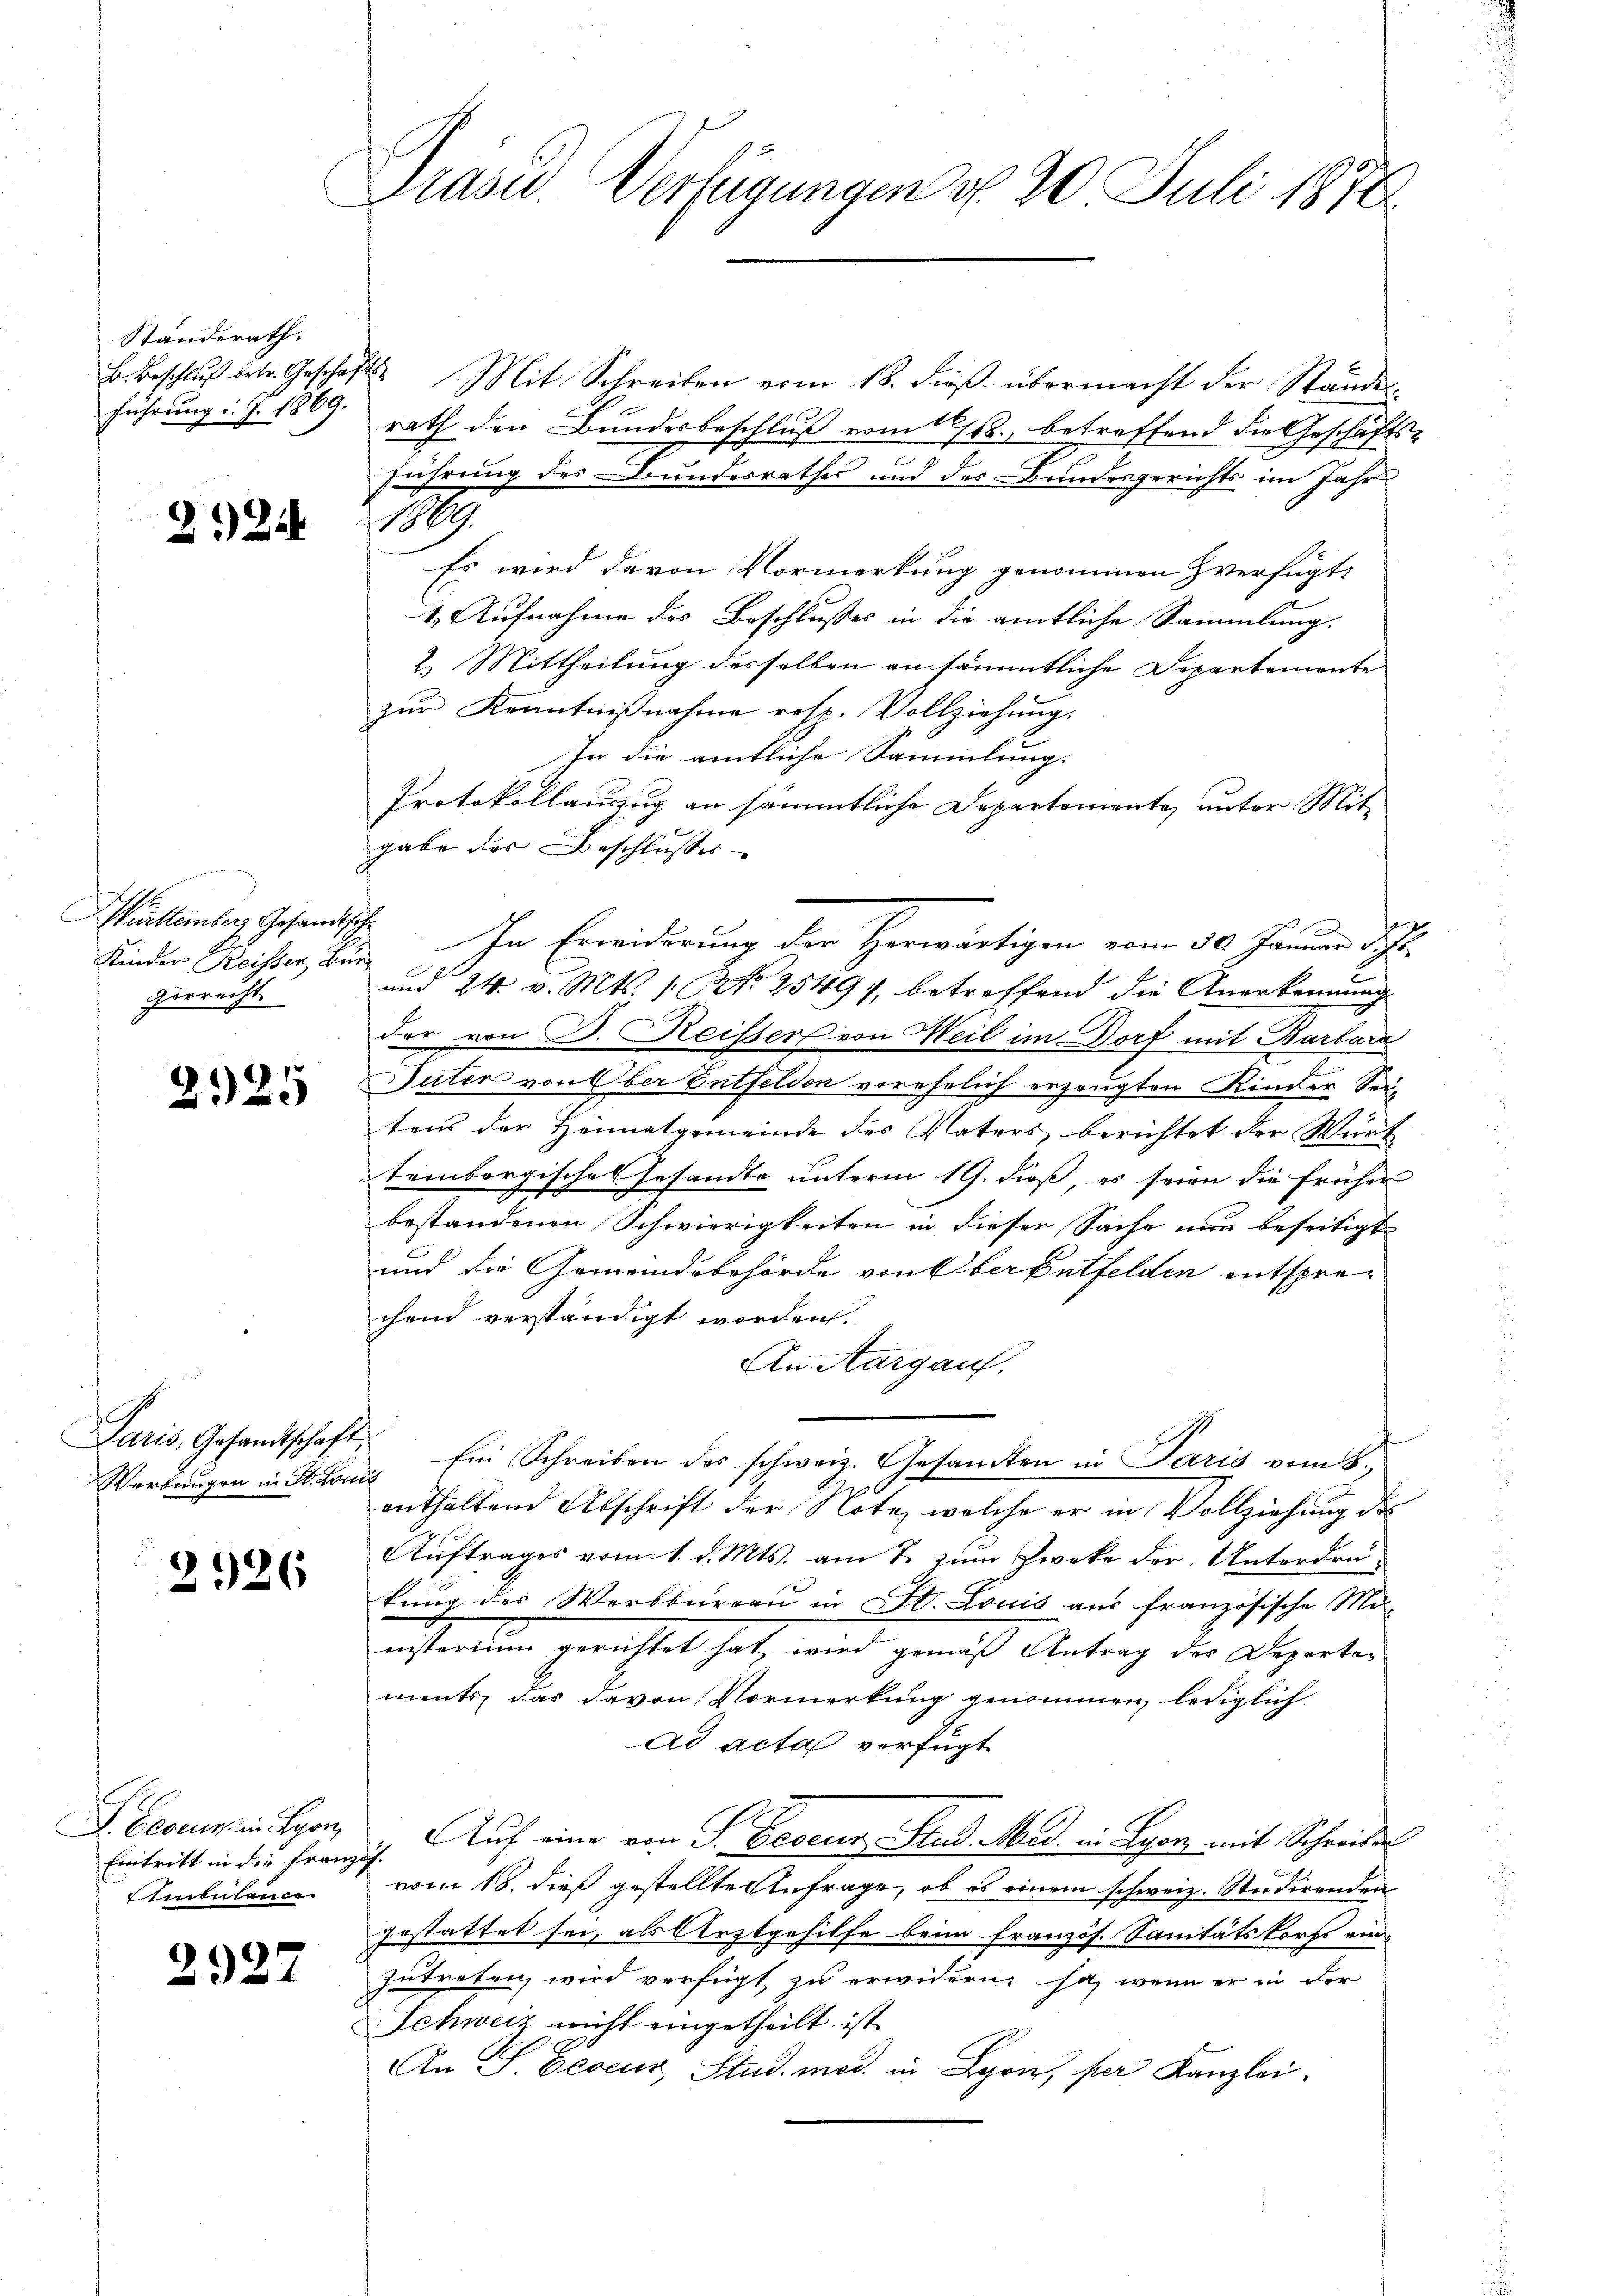
Standerath.
B. Beschluß betr. Geschäft
führung d. J. 1869.

224

n
Württemberg Gesandtsch
Kinder Reisser Bür
gerrecht.

2925

Paris, Gesandtschaft,
Werbungen in St. Lon

2926

L Econus in Lyon,
Eintritt in die Franzg
Ambülance.

2927

Präser Verfügungen d. 20 Juli 1870

Mit Schreiben vom 18. dieβ übermacht der Ständes-
rath den Bundesbeschluß vom 11. betreffend die Geschäfts-
.
führung des Bundesrathes und des Bundesgerichts im Jahr
1
Es wird davon Vormerkung genommen verfügt,
1. Aufnahme des Beschlusses in die amtliche Sammlung.
2. Mittheilung desselben an sämmtliche Departemente
zur Kenntnißnahme resp. Vollziehung.
In die amtliche Sammlung.
Protokollauszug an sämmtliche Departemente unter Mit-
gabe der Beschlusses
In Erwiderung der Herwärtigen vom 30. Januar d. Js.
und 24. v. Mts. 1. Art. 25497, betreffend die Anerkennung
der von D. Reisser von Weil im Dorf mit Barbara
Suter von Ober Entfelden vorehelich erzeugten Kinder Sei-
tens der Heimatgemeinde des Vaters, berichtet der Wirt
tembergische Gesandte unterm 19. dieß, es seien die früher
bestandenen Schwierigkeiten in dieser Sache nur beseitigt
und die Gemeindsbehörde von Ober Entfelden entsprechend verständigt worden.
An Aargau,
Ein Schreiben des schweiz. Gesamten in Paris vom 8.
enthaltend Abschrift der Note, welche er in Vollziehung des
Auftrages vom 1. d. Mts. am 7. zum Zweke der Unterdrukung des Werkbureau in St. Louis aus französische Mi
insterium gerichtet hat, wird gemäß Antrag des Departements, das davon Vormerkung genommen, lediglich
ad acta verfügt
Auf eine von S. Decens, Fres. Med. in Lyon mit Schreiben
vom 18. dieß gestellte Anfrage, ob es einem schweiz. Studirenden
gestattet sei, als Arztgehilfe beim französ. Sanitätskorfs ein
zutreten wird verfügt zu erwidern, ja, wenn er in der
Schweiz nicht eingetheilt ist
An S. Eeveur Stud. med. in Lyon, per Kanzlei.